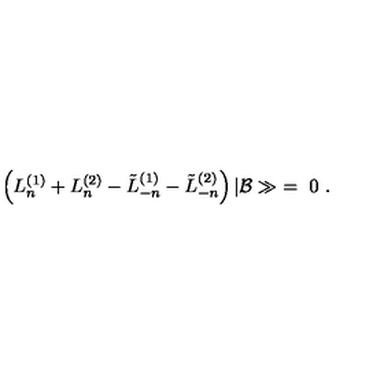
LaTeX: \left( L _ { n } ^ { ( 1 ) } + L _ { n } ^ { ( 2 ) } - \tilde { L } _ { - n } ^ { ( 1 ) } - \tilde { L } _ { - n } ^ { ( 2 ) } \right) \vert { \cal B } \gg \ = \ 0 \ .